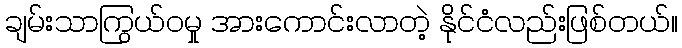
ချမ်းသာကြွယ်ဝမှု အားကောင်းလာတဲ့ နိုင်ငံလည်းဖြစ်တယ်။